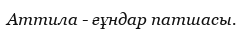
Аттила - ғұндар патшасы.